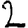
Digit: 2